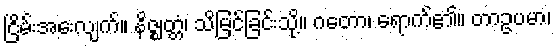
ငြိမ်းအေးလျက်။ နိဇ္ဈတ္တံ၊ သိမြင်ခြင်းသို့။ ဂတော၊ ရောက်၏။ တာဥပမာ၊